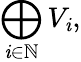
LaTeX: \bigoplus_{\mathit{i}\in\mathbb{{N}}}V_{\mathit{i}},